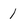
Character: 1